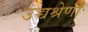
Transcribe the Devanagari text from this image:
उच्चश्रेणी